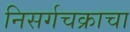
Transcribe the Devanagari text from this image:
निसर्गचक्राचा